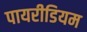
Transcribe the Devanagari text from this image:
पायरीडियम